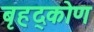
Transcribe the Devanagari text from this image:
बृहद्कोण